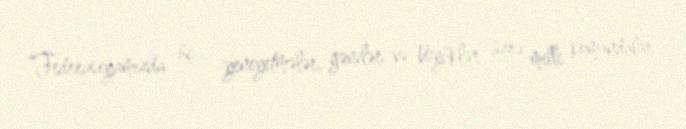
“Federasiyamızda üç - yeniyetmələr, gənclər və böyüklər üzrə milli komandalar